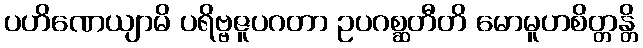
ပဟိဏေယျာမိ ပရိဗ္ဗဇူပဂတာ ဥပဂစ္ဆတီတိ မောမူဟစိတ္တန္တိ